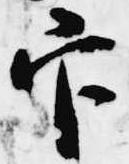
官